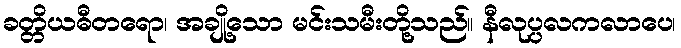
ခတ္တိယဓီတရော၊ အချို့သော မင်းသမီးတို့သည်။ နီလုပ္ပလကလာပေ၊